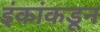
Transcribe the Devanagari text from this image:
इंकांकडून